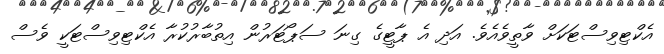
އެކްޓިވިސްޓަކަށް ވާތީވެއެވެ. އަދި އެ ޕާޓީގެ ގިނަ ސަޕޯޓަރުން އިތުބާރުކުރާ އެކްޓިވިސްޓަކީ ވެސް